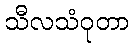
သီလသံဝုတာ